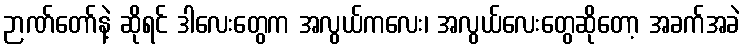
ဉာဏ်တော်နဲ့ ဆိုရင် ဒါလေးတွေက အလွယ်ကလေး၊ အလွယ်လေးတွေဆိုတော့ အခက်အခဲ